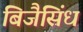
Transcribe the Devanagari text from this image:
बिजैसिंध